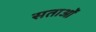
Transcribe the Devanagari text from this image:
सताओं